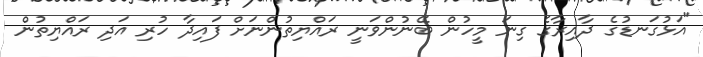
"އަޅުގަނޑުގެ ދާއިރާގެ ގިނަ މީހުން ބޭނުންވަނީ ރައްޔިތުންނަށް ފައިދާ ހުރި އަދި ރައްޔިތުން